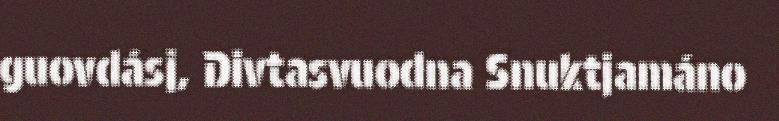
guovdásj, Divtasvuodna Snuktjamáno